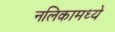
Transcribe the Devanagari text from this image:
नलिकामध्ये